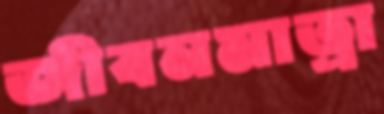
জীবনমাত্রা